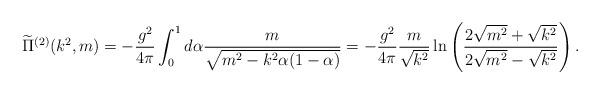
LaTeX: \begin{align*} \widetilde{\Pi}^{(2)}(k^{2},m) = - \frac{g^{2}}{4\pi} \int_{0}^{1} d\alpha \frac{m}{\sqrt{m^{2}-k^{2}\alpha(1-\alpha)}} = - \frac{g^{2}}{4\pi} \frac{m}{\sqrt{k^{2}}} \ln{\left( \frac{ 2\sqrt{m^{2}}+\sqrt{k^{2}} } { 2\sqrt{m^{2}}-\sqrt{k^{2}} } \right)} \, .\end{align*}